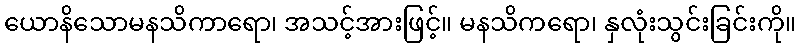
ယောနိသောမနသိကာရော၊ အသင့်အားဖြင့်။ မနသိကရော၊ နှလုံးသွင်းခြင်းကို။